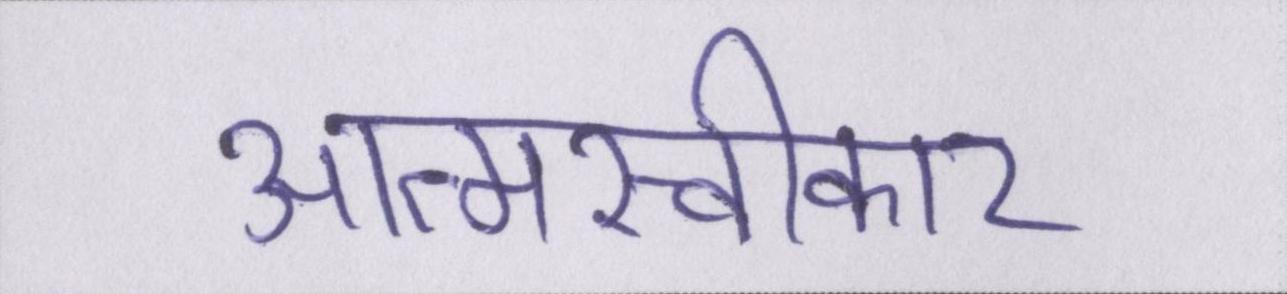
आत्मस्वीकार